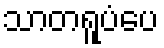
သာတရူပံပေ